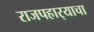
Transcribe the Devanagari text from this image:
राजपहार्‍याचा